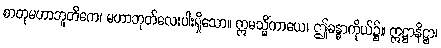
စာတုမဟာဘူတိကေ၊ မဟာဘုတ်လေးပါးရှိသော။ ဣမသ္မိံကာယေ၊ ဤခန္ဓာကိုယ်၌။ ဣဋ္ဌာနိဋ္ဌာ၊